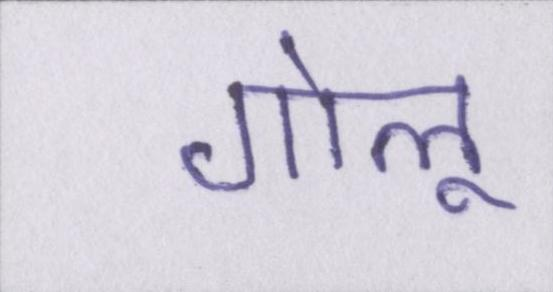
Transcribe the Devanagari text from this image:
गोलू